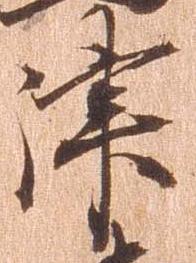
津